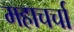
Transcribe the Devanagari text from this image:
महाचर्चा